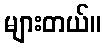
များတယ်။